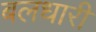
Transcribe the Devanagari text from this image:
बलधारी